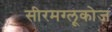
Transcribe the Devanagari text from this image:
सीरमग्लूकोज़